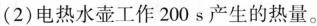
(2)电热水壶工作200s产生的热量。